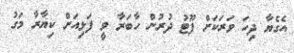
އެގެޔާ ދިހަ ވަރަކަށް ފޫޓު ދުރުން ހާބަރާ ވީ ފަޅިއަށް ކިޔާރާ މަގު